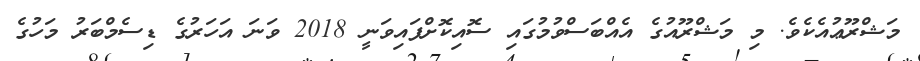
މަޝްރޫޢުއެކެވެ. މި މަޝްރޫއުގެ އެއްބަސްވުމުގައި ސޮއިކޮށްފައިވަނީ 2018 ވަނަ އަހަރުގެ ޑިސެމްބަރު މަހުގެ